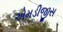
એમડીજીસ